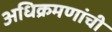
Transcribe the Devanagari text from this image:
अधिक्रमणांची